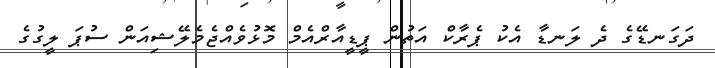
ދަގަނޑޭގެ ދެ ލަނޑާ އެކު ޕެރާކް އަތުން ޕީޑީއާރްއެމް މޮޅުވެއްޖެމެލޭޝިއަން ސުޕަ ލީގުގެ